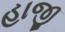
હાજી